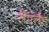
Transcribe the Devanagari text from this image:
लेपलैंड